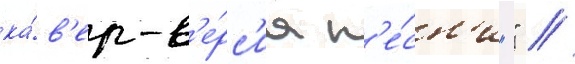
ка́в'ер-в'е́рс'иа п'е́сн'и "" //